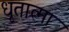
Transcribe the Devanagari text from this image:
धृतात्मा